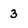
Character: 3